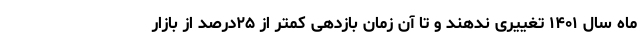
ماه سال ۱۴۰۱ تغییری ندهند و تا آن زمان بازدهی کمتر از ۲۵درصد از بازار